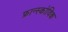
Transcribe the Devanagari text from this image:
फ्रान्स्कोविक